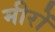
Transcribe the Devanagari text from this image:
मीरों